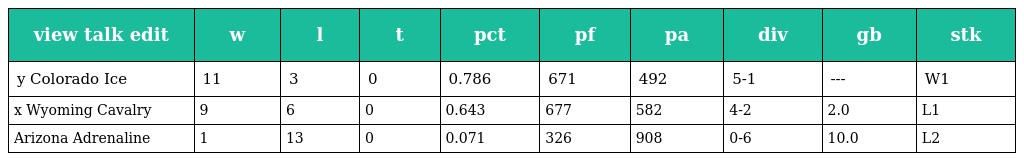
| view talk edit | w | l | t | pct | pf | pa | div | gb | stk |
 | --- | --- | --- | --- | --- | --- | --- | --- | --- | --- |
 | y Colorado Ice | 11 | 3 | 0 | 0.786 | 671 | 492 | 5-1 | --- | W1 |
 | x Wyoming Cavalry | 9 | 6 | 0 | 0.643 | 677 | 582 | 4-2 | 2.0 | L1 |
 | Arizona Adrenaline | 1 | 13 | 0 | 0.071 | 326 | 908 | 0-6 | 10.0 | L2 |